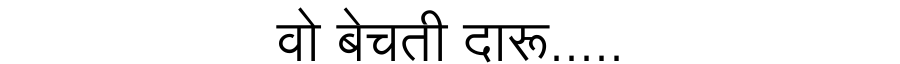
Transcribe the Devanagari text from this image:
वो बेचती दारू.....